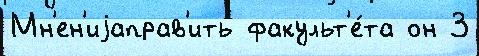
Мн'ен'иjаправ'ить факульт'е́та он 3